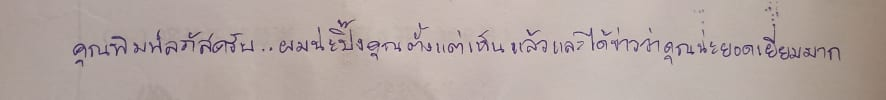
คุณพิมพ์ลภัสครับ..ผมน่ะปิ๊งคุณตั้งแต่เห็นแล้วและได้ข่าวว่าคุณน่ะยอดเยี่ยมมาก...